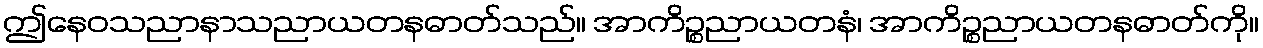
ဤနေဝသညာနာသညာယတနဓာတ်သည်။ အာကိဉ္စညာယတနံ၊ အာကိဉ္စညာယတနဓာတ်ကို။